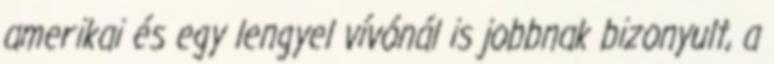
amerikai és egy lengyel vívónál is jobbnak bizonyult, a